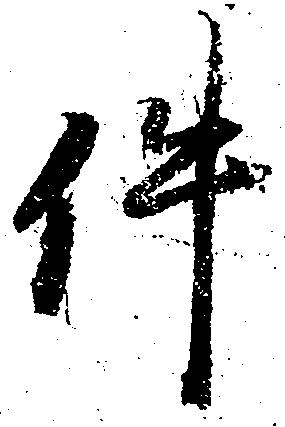
件